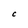
Character: C